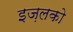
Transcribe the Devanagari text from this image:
इज़लको